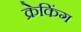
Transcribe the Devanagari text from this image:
क्रेकिंग